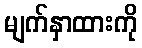
မျက်နှာထားကို